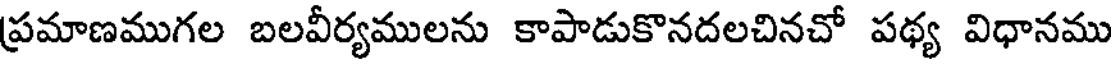
ప్రమాణముగల బలవీర్యములను కాపాడుకొనదలచినచో పథ్య విధానము